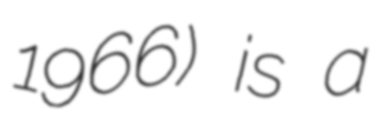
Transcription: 1966) is a